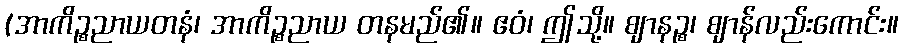
(အာကိဉ္စညာယတနံ၊ အာကိဉ္စညာယ တနမည်၏။ ဧဝံ၊ ဤသို့။ ဈာနဉ္စ၊ ဈာန်လည်းကောင်း။